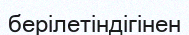
берілетіндігінен